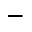
^ -